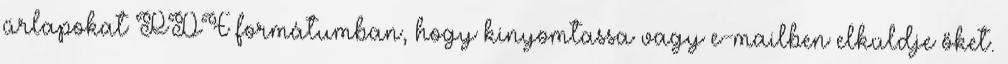
űrlapokat PDF formátumban, hogy kinyomtassa vagy e-mailben elküldje őket.